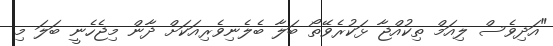
"އަދިވެސް ލިއަމް ތިކުއްޖާ ޅަކުރެވޭތޯ ބަލާ ބެލެނިވެރިއަކަށް ދާން މިޖެހެނީ ބަލަ މި